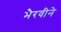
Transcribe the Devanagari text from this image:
भैरवीने